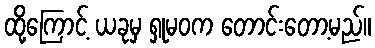
ထို့ကြောင့် ယခုမှ ရှုမဝက တောင်းတော့မည်။